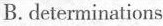
B. deternminations